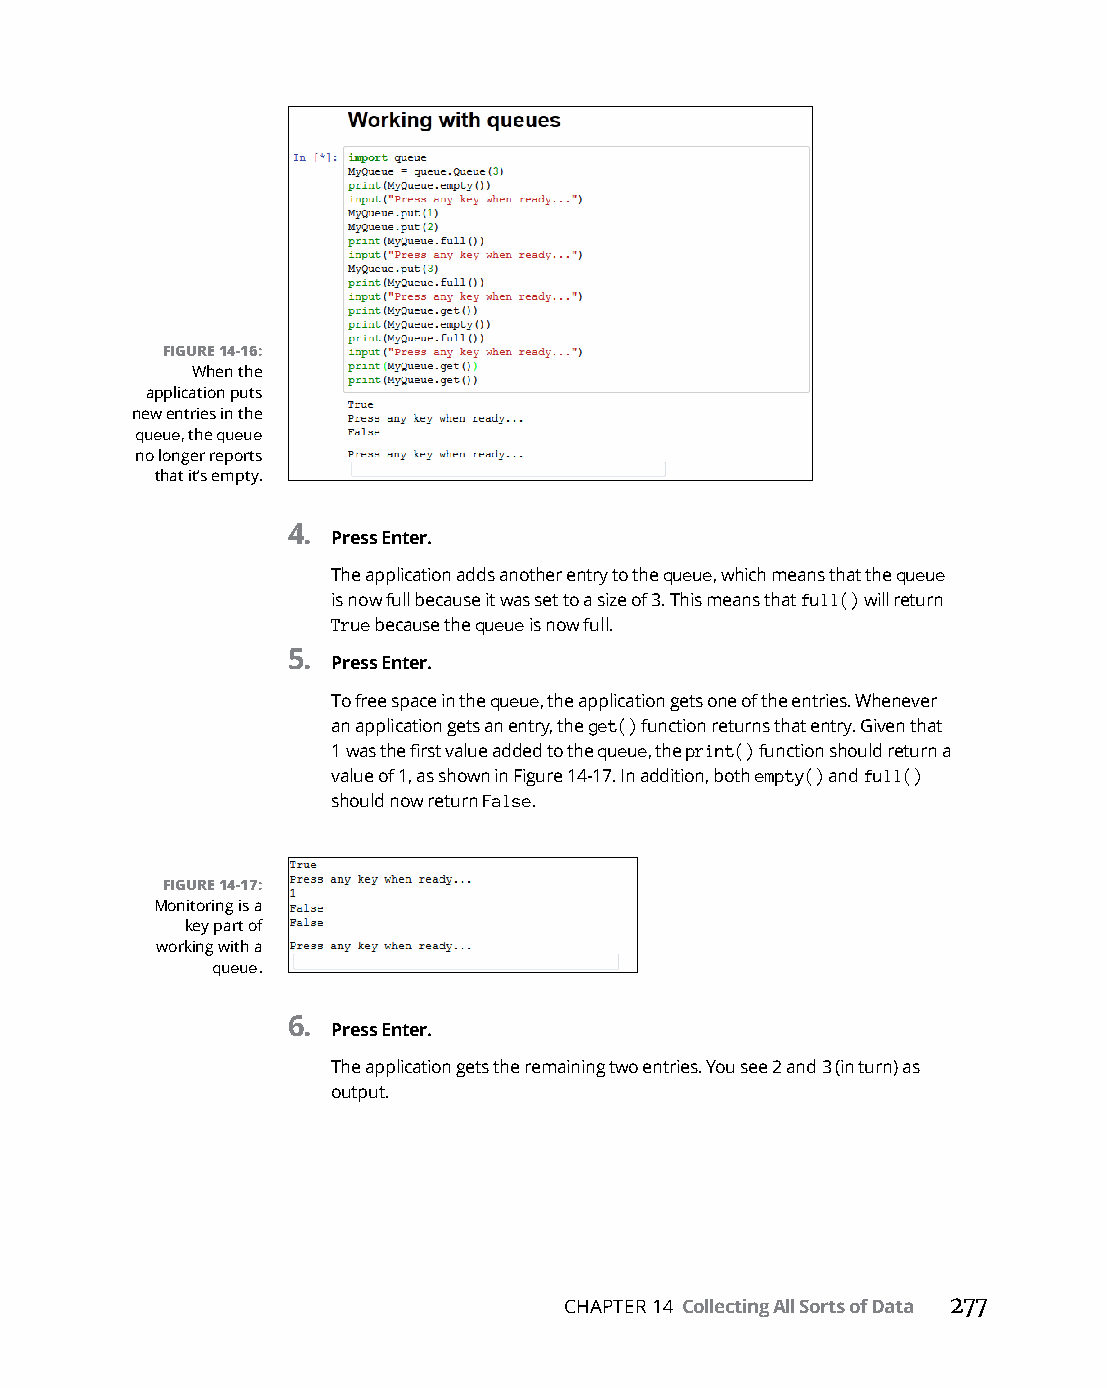
FIGURE 14-16:
 When the
 application puts
 new entries in the
 queue, the queue
 no longer reports
 that it’s empty.
 4.
 Press Enter.
 The application adds another entry to the queue, which means that the queue
 is now full because it was set to a size of 3. This means that full() will return
 True because the queue is now full.
 5.
 Press Enter.
 To free space in the queue, the application gets one of the entries. Whenever
 an application gets an entry, the get() function returns that entry. Given that
 1 was the first value added to the queue, the print() function should return a
 value of 1, as shown in Figure 14-17. In addition, both empty() and full()
 should now return False.
 FIGURE 14-17:
 Monitoring is a
 key part of
 working with a
 queue.
 6.
 Press Enter.
 The application gets the remaining two entries. You see 2 and 3 (in turn) as
 output.
 CHAPTER 14 Collecting All Sorts of Data 277